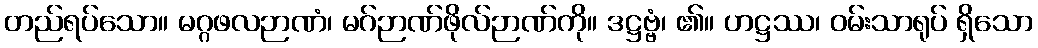
တည်ရပ်သော။ မဂ္ဂဖလဉာဏံ၊ မဂ်ဉာဏ်ဖိုလ်ဉာဏ်ကို။ ဒဋ္ဌဗ္ဗံ၊ ၏။ ဟဋ္ဌဿ၊ ဝမ်းသာရုပ် ရှိသော